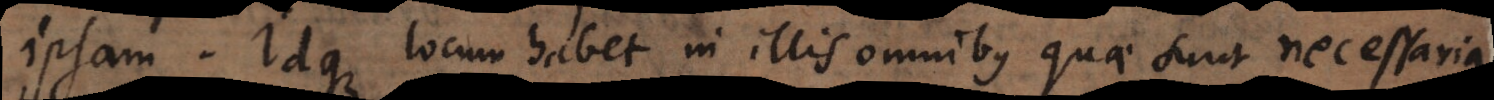
ipsam. Idque locum habet in illis omnibus quae sunt necessaria,